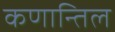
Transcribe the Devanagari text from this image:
कणान्तिल